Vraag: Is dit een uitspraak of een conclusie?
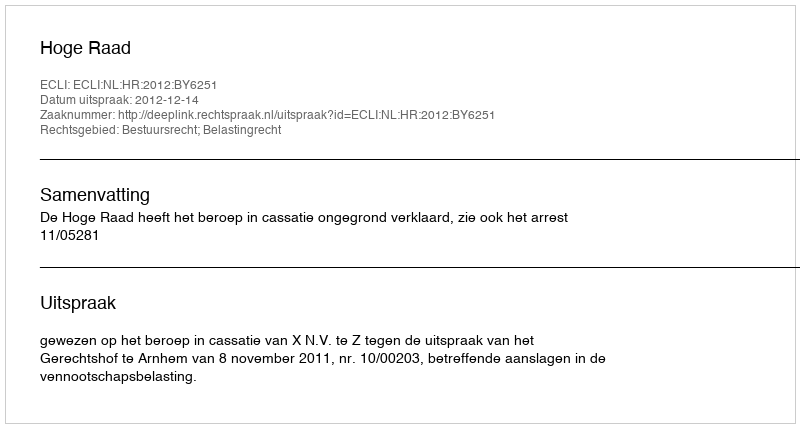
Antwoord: Uitspraak